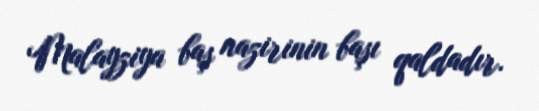
Malayziya baş nazirinin başı qaldadır.